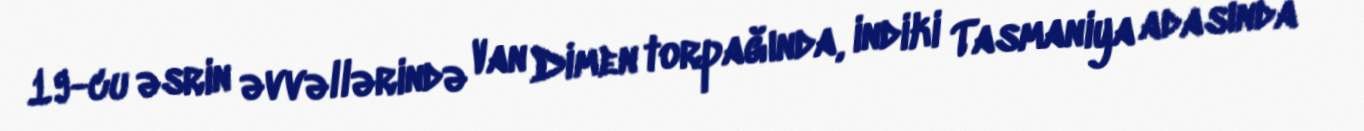
19-cu əsrin əvvəllərində Van Dimen torpağında, indiki Tasmaniya adasında